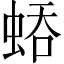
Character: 𧌀